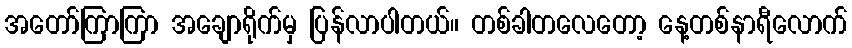
အတော်ကြာကြာ အချောရိုက်မှ ပြန်လာပါတယ်။ တစ်ခါတလေတော့ နေ့တစ်နာရီလောက်